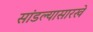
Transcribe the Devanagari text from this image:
सांडल्यासारखे